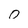
Character: 0